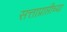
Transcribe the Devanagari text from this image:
सत्ताप्राप्तीच्या